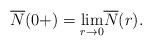
LaTeX: \begin{align*}\overline N(0+) = \underset{r \to 0}{\lim} \overline N(r).\end{align*}